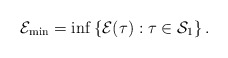
\begin{align*}\mathcal E_{\min} = \inf \left \{ \mathcal E(\tau) : \tau \in \mathcal S_1 \right \}. \end{align*}